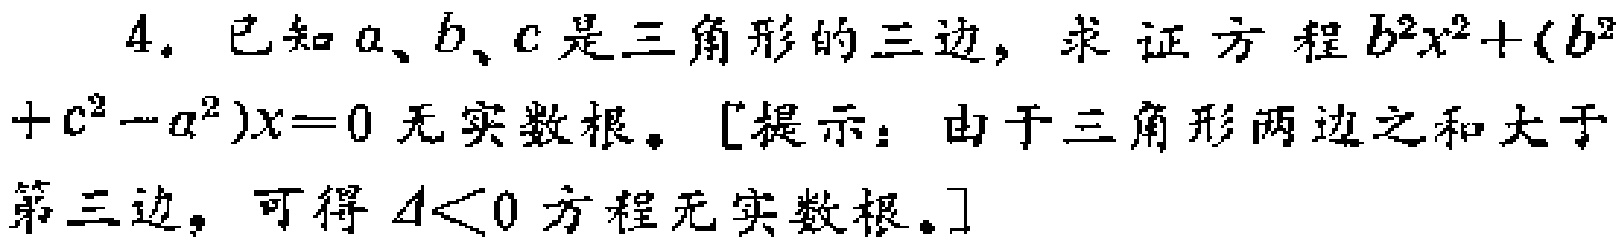
4. 已知\(a、b、c\)是三角形的三边，求证方程\(b^{2}x^{2}+(b^{2}+c^{2}-a^{2})x = 0\)无实数根。[提示：由于三角形两边之和大于第三边，可得\(\Delta<0\)方程无实数根。]